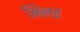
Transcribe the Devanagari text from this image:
भिलई